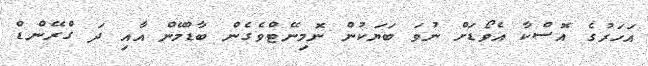
އަހަރުގެ އޮސްކާ އެވޯޑަށް ނުވަ ބަޔަކުން ނޮމިނޭޓްވެގެން ބާޑްމޭން އާއި ދަ ގްރޭންޑް